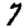
Digit: 7